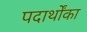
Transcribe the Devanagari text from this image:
पदार्थोंका